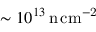
\sim 1 0 ^ { 1 3 } \, \mathrm { n \, c m ^ { - 2 } }